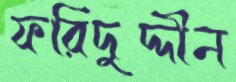
ফরিদুদ্দীন